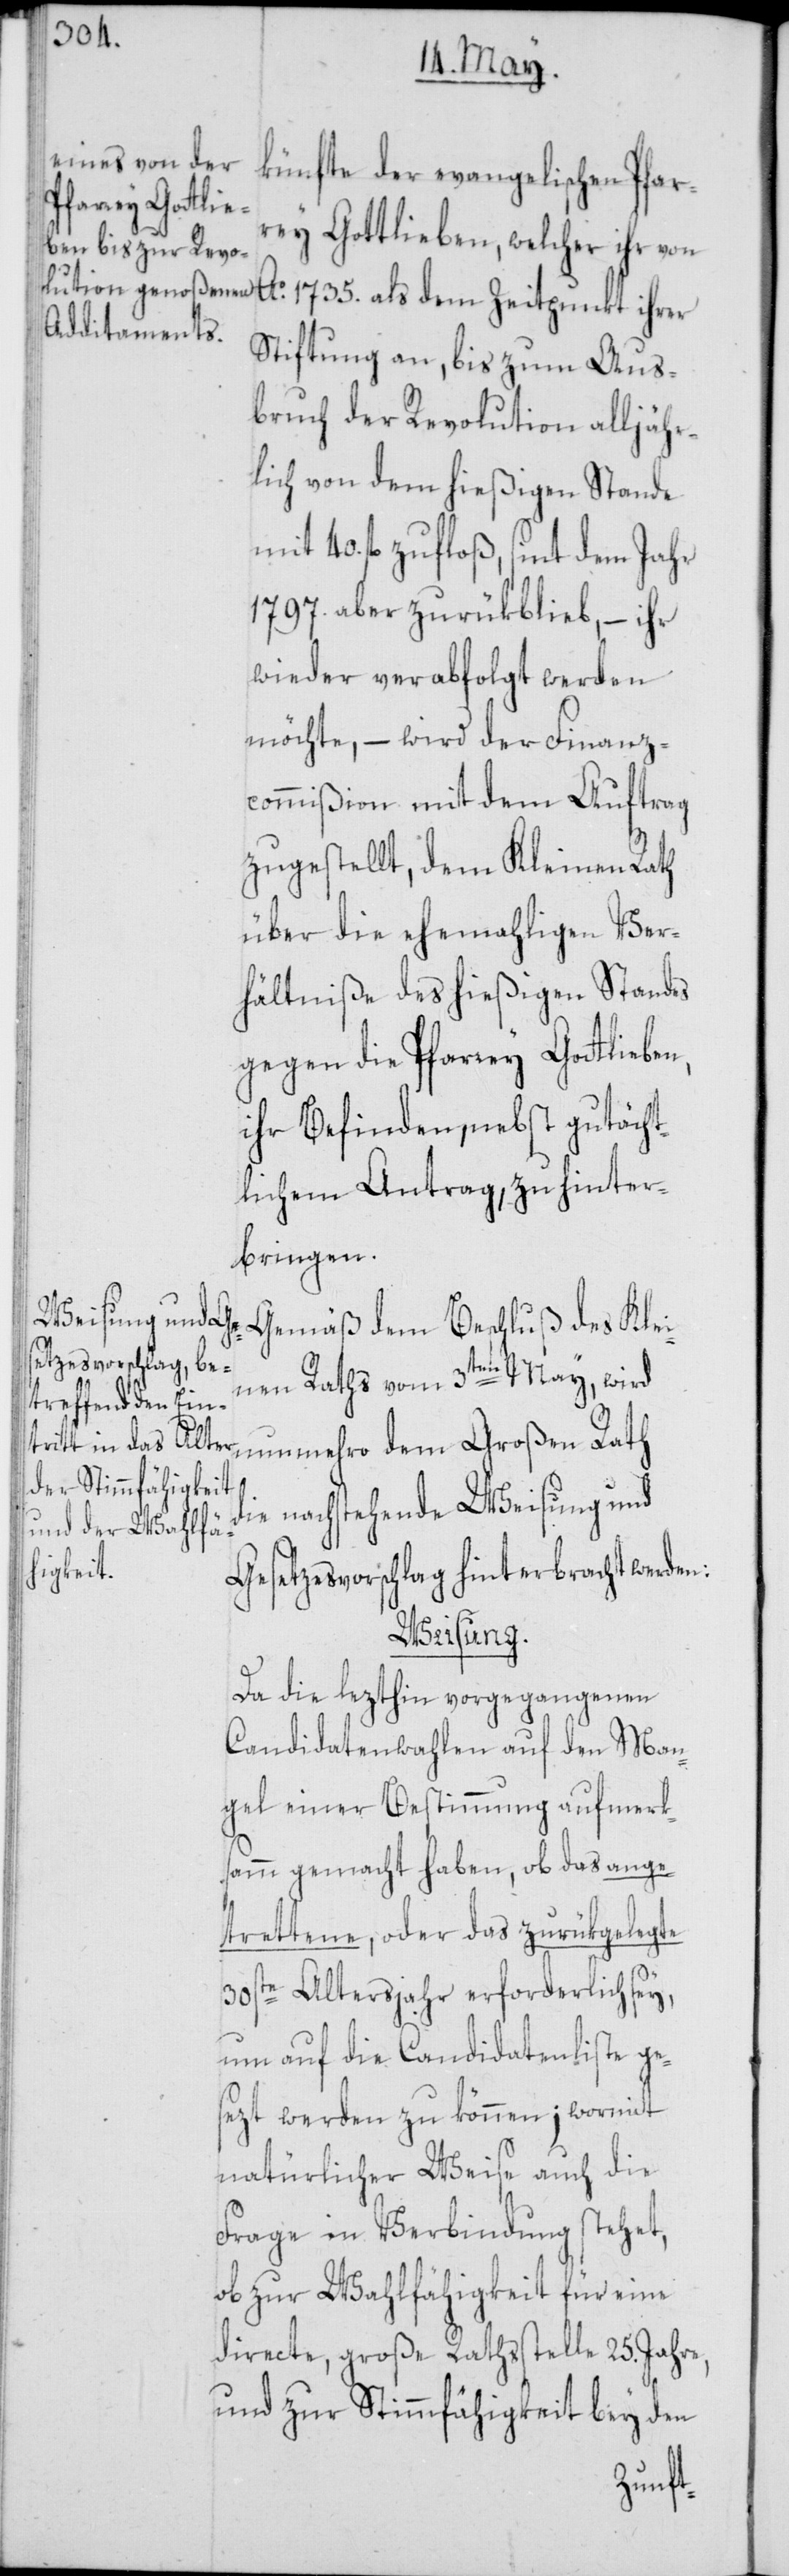
künfte der evangelischen Pfar¬
ryi Gottlieben, welcher ihr von
Ao. 1735. als dem Zeitpunkt ihrer
Stiftung an, bis zum Aus¬
bruch der Revolution alljähr¬
lich von dem hießigen Stande
40. fl. zufloß, sint dem Jahr
1797. aber zurükblieb, – ihr
wieder verabfolgt werden
möchte, – wird der Finanz¬
commißion mit dem Auftrag
zugestellt, dem Kleinen Rath
über die ehemahligen Ver¬
hältniße des hießigen Standes
gegen die Pfarrey Gottlieben,
ihr Befinden, nebst gutächt¬
lichem Antrag, zu hinter¬
bringen.
Gemäß dem Beschluß des Klei¬
nen Raths vom 3ten May, wird
nunmehro dem Großen Rath
die nachstehende Weisung und
Gesetzesvorschlag hinterbracht werden:
Weisung.
Da die lezthin vorgegangenen
Candidatenwahlen auf den Man¬
gel einer Bestimmung aufmerk¬
samm gemacht haben, ob das ange¬
trettene, oder das zurükgelegte
30ste Altersjahr erforderlich sey,
um auf die Candidatenliste ge¬
sezt werden zu können; wormit
natürlicher Weise auch die
Frage in Verbindung stehet,
ob zur Wahlfähigkeit für eine
directe, große Rathsstelle 25. Jahre,
und zur Stimmfähigkeit bey den